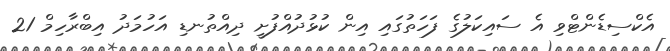
އެކްސިޑެންޓްވި އެ ސައިކަލުގެ ފަހަތުގައި އިން ކުޅުދުއްފުށީ ދިއްތުނޑި އަހުމަދު އިބްރާހިމް 21